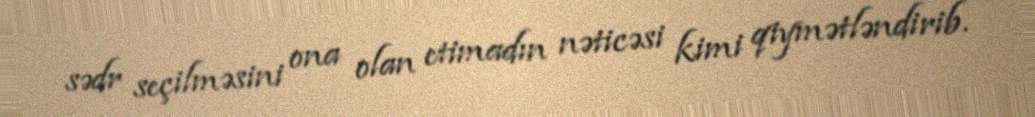
sədr seçilməsini ona olan etimadın nəticəsi kimi qiymətləndirib.